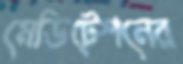
মেডিটেশনের